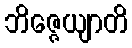
ဘိဇ္ဇေယျာတိ